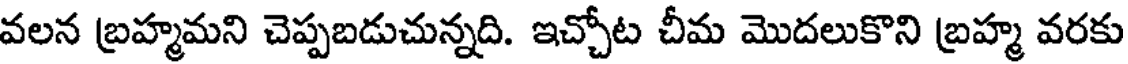
వలన బ్రహ్మమని చెప్పబడుచున్నది. ఇచ్చోట చీమ మొదలుకొని బ్రహ్మ వరకు